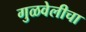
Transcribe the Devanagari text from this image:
गुळवेलीचा